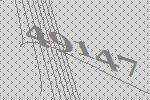
49147